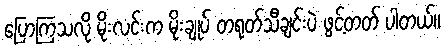
ပြောကြသလို မိုးလင်းက မိုးချုပ် တရုတ်သီချင်းပဲ ဖွင့်တတ် ပါတယ်။